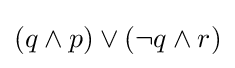
(q\land p)\lor (\neg q\land r)